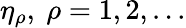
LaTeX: \eta_{\rho},\ \rho=1,2,...